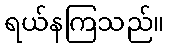
ရယ်နကြသည်။